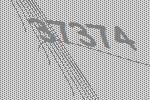
37374